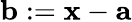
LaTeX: \mathbf{b}:=\mathbf{x}-\mathbf{a}